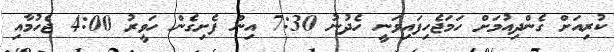
ކުރިއަށް ގެންދިއުމަށް ހަމަޖެހިފައިވަނީ ހެދުނު 7:30 އިން ފެށިގެން ހަވީރު 4:00 ޖެހުމާއި